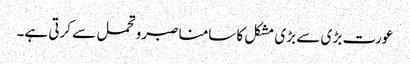
عورت بڑ ی سے بڑی مشکل کا سامنا صبرو تحمل سے کرتی ہے۔